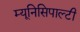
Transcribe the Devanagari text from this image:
म्यूनिसिपाल्टी